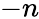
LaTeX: -n